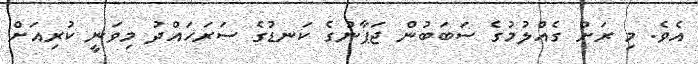
އެވެ. މި ރަށް ގެއްލުމުގެ ސަބަބުން ޖަޕާނުގެ ކަނޑުގެ ސަރަހައްދު މިވަނީ ކުރިއަށް